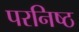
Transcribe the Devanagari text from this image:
परनिष्ठ